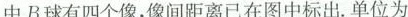
中B球有四个像，像间距离已在图中标出。单位为